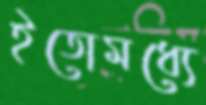
ইতোমধ্যে